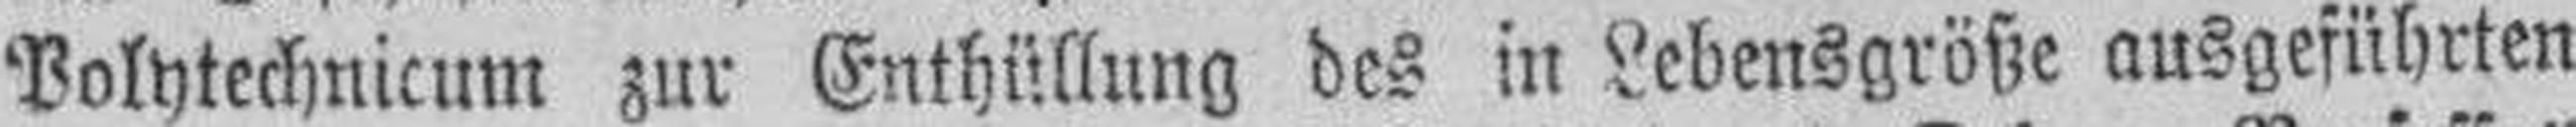
Polytechnicum zur Enthüllung des in Lebensgröße ausgeführten